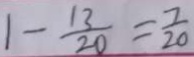
1 - \frac { 1 3 } { 2 0 } = \frac { 7 } { 2 0 }